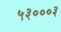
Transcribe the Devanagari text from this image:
५३०००३